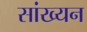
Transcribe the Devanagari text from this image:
सांख्यन